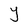
Character: Y